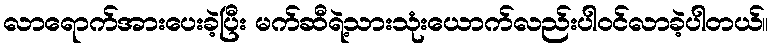
လာရောက်အားပေးခဲ့ပြီး မက်ဆီရဲ့သားသုံးယောက်လည်းပါဝင်လာခဲ့ပါတယ်။